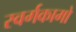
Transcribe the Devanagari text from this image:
स्वर्गकामो